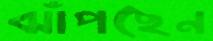
ঝাঁপছেন